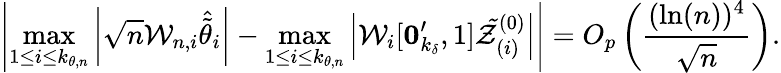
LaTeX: \left\vert\operatorname*{max}_{1\leq i\leq k_{\theta,n}}\left\vert\sqrt{n}\mathcal{W}_{n,i}\widehat{\tilde{\theta}}_{i}\right\vert-\operatorname*{max}_{1\leq i\leq k_{\theta,n}}\left\vert\mathcal{W}_{i}[\boldsymbol{0}_{k_{\delta}}^{\prime},1]\mathcal{\tilde{Z}}_{(i)}^{(0)}\right\vert\right\vert=O_{p}\left(\frac{(\ln(n))^{4}}{\sqrt{n}}\right).